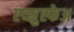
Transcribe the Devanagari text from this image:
एव्स्रुह्फेअ